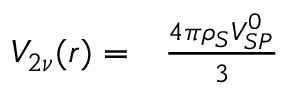
\begin{array} { r l } { V _ { 2 \nu } ( r ) = } & { { } \frac { 4 \pi \rho _ { S } V _ { S P } ^ { 0 } } { 3 } } \end{array}